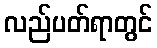
လည်ပတ်ရာတွင်